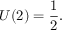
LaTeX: U ( 2 ) = { \frac { 1 } { 2 } } .